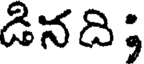
డినది;